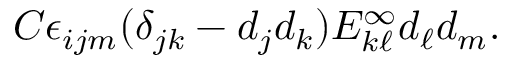
C \epsilon _ { i j m } ( \delta _ { j k } - d _ { j } d _ { k } ) E _ { k \ell } ^ { \infty } d _ { \ell } d _ { m } .